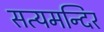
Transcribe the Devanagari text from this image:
सत्यमन्दिर